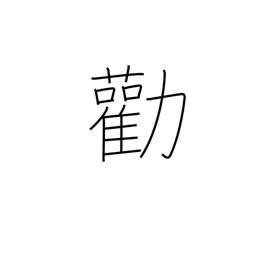
Meaning: advise